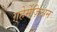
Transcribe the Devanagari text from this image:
ग़्हेर्मेज़िअन